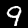
Label: 9